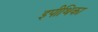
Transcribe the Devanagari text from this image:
इपीथिका